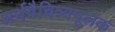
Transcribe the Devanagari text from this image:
अर्थवैचित्र्यमूलक